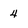
Character: 4